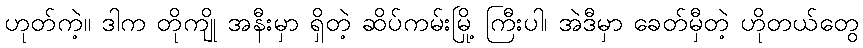
ဟုတ်ကဲ့။ ဒါက တိုကျို အနီးမှာ ရှိတဲ့ ဆိပ်ကမ်းမြို့ ကြီးပါ၊ အဲဒီမှာ ခေတ်မှီတဲ့ ဟိုတယ်တွေ